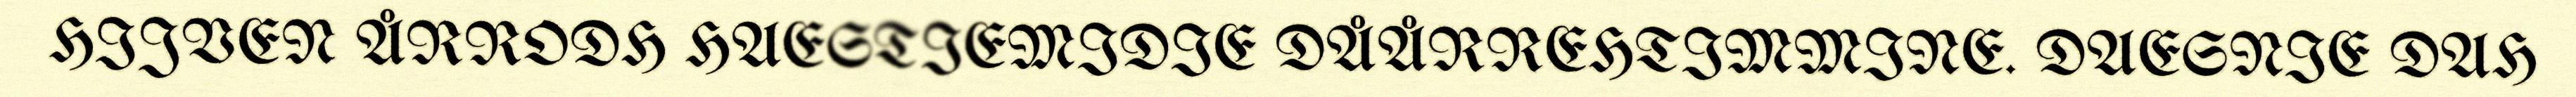
HIJVEN ÅRRODH HAESTIEMIDIE DÅÅRREHTIMMINE. DAESNIE DAH